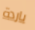
باردة